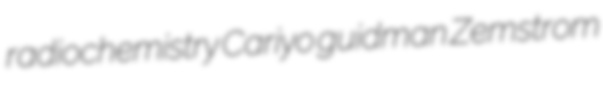
radiochemistry Cariyo guidman Zemstrom